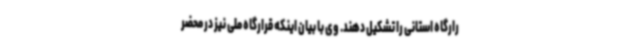
رارگاه استانی را تشکیل دهند. وی با بیان اینکه قرارگاه ملی نیز در محضر